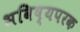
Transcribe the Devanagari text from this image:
भविष्यपरक